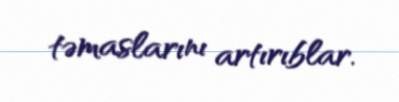
təmaslarını artırıblar.